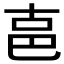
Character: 𰅶